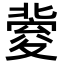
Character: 𡕶